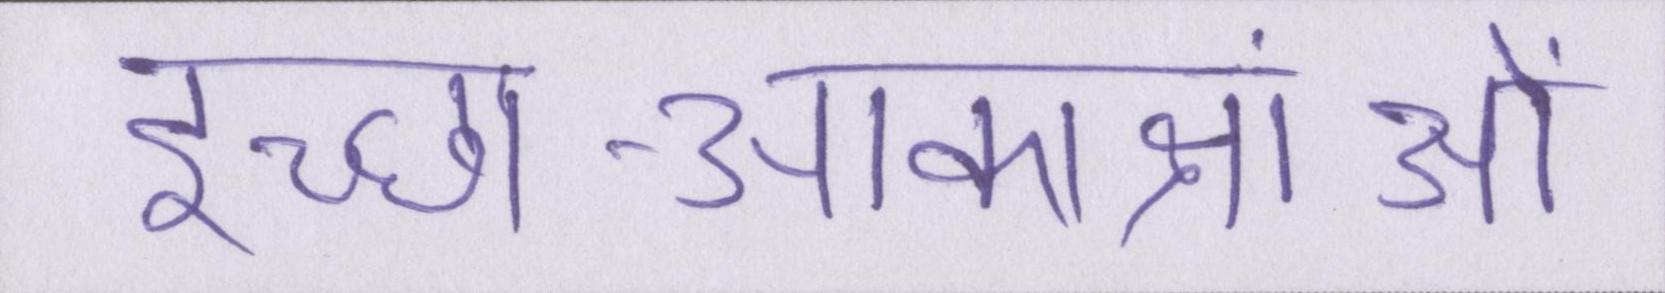
इच्छा-आकांक्षाओं